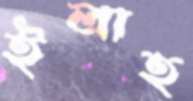
ইলাহ